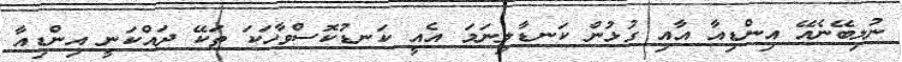
ނުލިބޭނެއޭ އިންޑިއާ އާއި ގުޅުން ކަނޑާލިނަމަ އެއީ ކަނޑުކޮސްވާހަކަ ތަކޭ ދައްކަނީ އިންޑިއާ